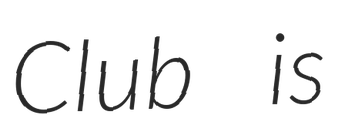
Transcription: Club is